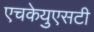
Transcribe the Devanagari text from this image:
एचकेयुएसटी